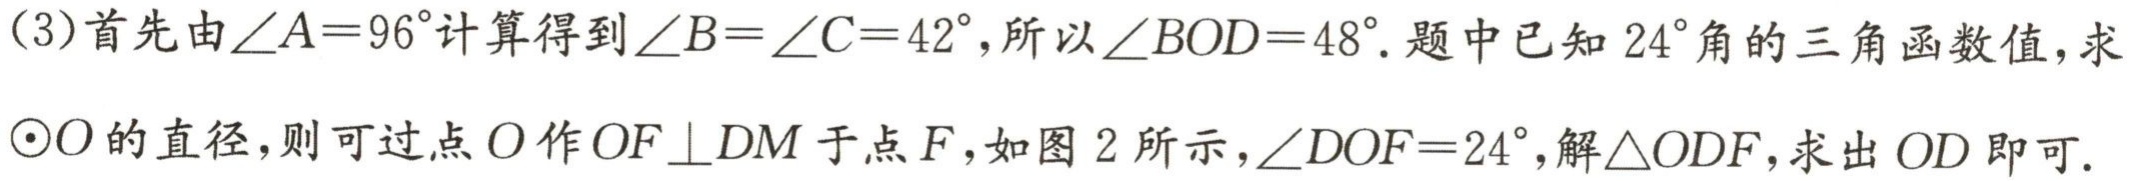
（3）首先由\(\angle A = 96^{\circ}\)计算得到\(\angle B=\angle C = 42^{\circ}\)，所以\(\angle BOD = 48^{\circ}\). 题中已知\(24^{\circ}\)角的三角函数值，求\(\odot O\)的直径，则可过点\(O\)作\(OF\perp DM\)于点\(F\)，如图 2 所示，\(\angle DOF = 24^{\circ}\)，解\(\triangle ODF\)，求出\(OD\)即可.